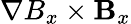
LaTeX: \nabla B_{x}\times{\mathbf B}_{x}